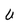
Character: U